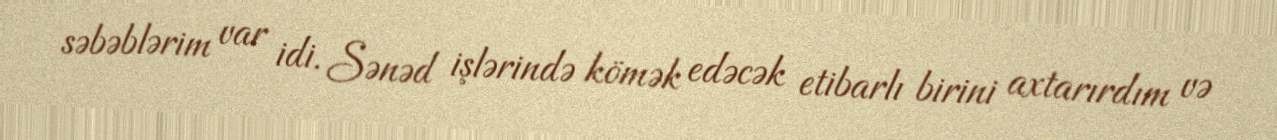
səbəblərim var idi. Sənəd işlərində kömək edəcək etibarlı birini axtarırdım və